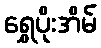
ရွှေပိုးအိမ်